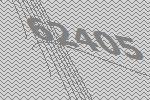
62405